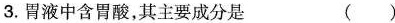
3.胃液中含胃酸，其主要成分是 ( )